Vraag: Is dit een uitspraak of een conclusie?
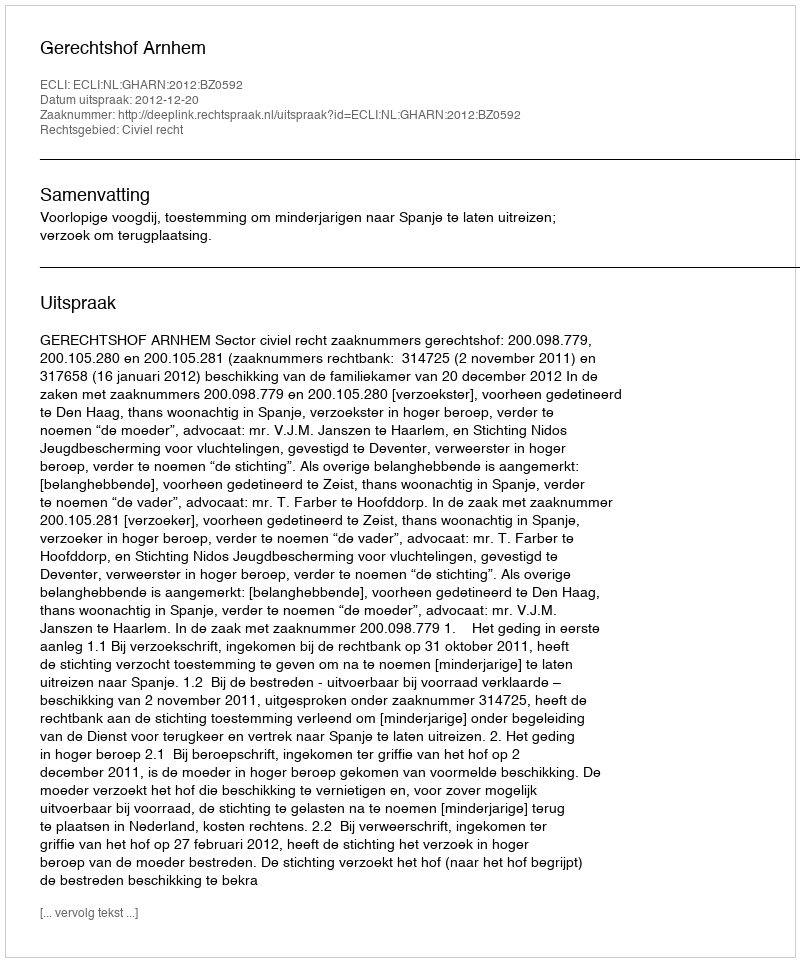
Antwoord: Uitspraak